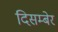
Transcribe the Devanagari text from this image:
दिसम्बेर